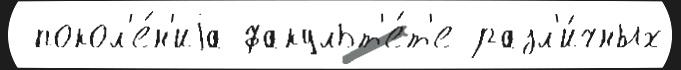
 покол'е́н'иjа факульт'е́т'е разл'и́чных